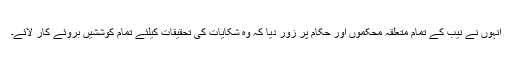
انہوں نے نیب کے تمام متعلقہ محکموں اور حکام پر زور دیا کہ وہ شکایات کی تحقیقات کیلئے تمام کوششیں بروئے کار لائے۔